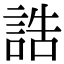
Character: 誥